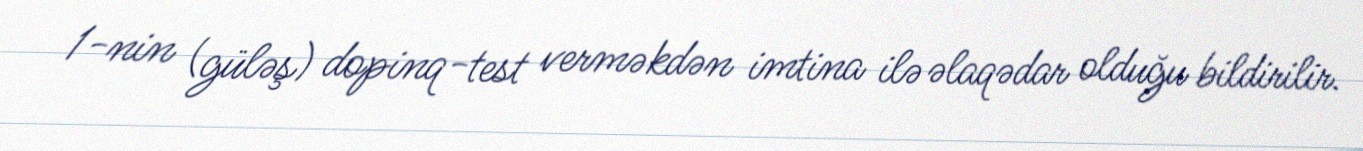
1-nin (güləş) dopinq-test verməkdən imtina ilə əlaqədar olduğu bildirilir.